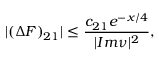
| ( \Delta F ) _ { 2 1 } | \leq \frac { c _ { 2 1 } e ^ { - x / 4 } } { | I m \nu | ^ { 2 } } ,